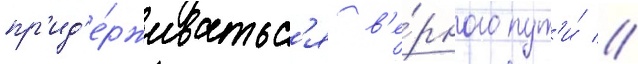
пр'ид'е́рживатьс'я в'е́рного пут'и́ //